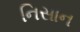
નિસાન